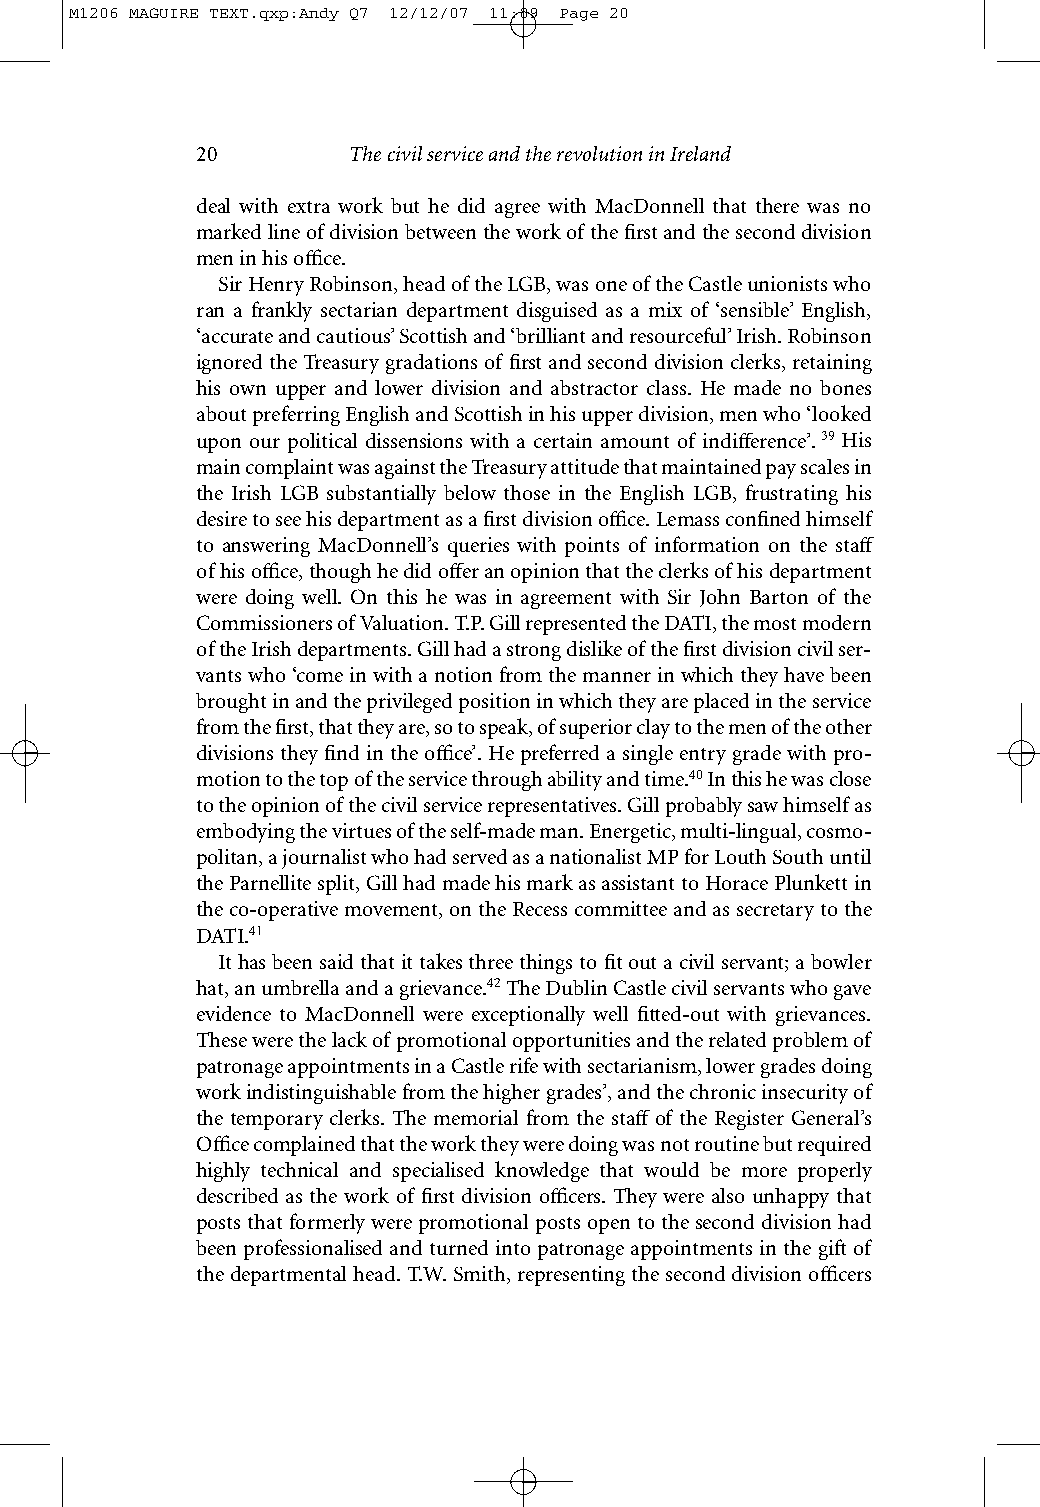
M1206 MAGUIRE TEXT.qxp:Andy Q7 12/12/07 11:09 Page 20
 20        The civil service and the revolution in Ireland
 deal with extra work but he did agree with MacDonnell that there was no
 marked line of division between the work of the first and the second division
 men in his office.
 Sir Henry Robinson, head of the LGB, was one of the Castle unionists who
 ran a frankly sectarian department disguised as a mix of ‘sensible’ English,
 ‘accurate and cautious’ Scottish and ‘brilliant and resourceful’ Irish. Robinson
 ignored the Treasury gradations of first and second division clerks, retaining
 his own upper and lower division and abstractor class. He made no bones
 about preferring English and Scottish in his upper division, men who ‘looked
 upon our political dissensions with a certain amount of indifference’.39 His
 main complaint was against the Treasury attitude that maintained pay scales in
 the Irish LGB substantially below those in the English LGB, frustrating his
 desire to see his department as a first division office. Lemass confined himself
 to answering MacDonnell’s queries with points of information on the staff
 ofhis office, though he did offer an opinion that the clerks of his department
 were doing well. On this he was in agreement with Sir John Barton of the
 Commissioners of Valuation. T.P. Gill represented the DATI, the most modern
 of the Irish departments. Gill had a strong dislike of the first division civil ser-
 vants who ‘come in with a notion from the manner in which they have been
 brought in and the privileged position in which they are placed in the service
 from the first, that they are, so to speak, of superior clay to the men of the other
 divisions they find in the office’. He preferred a single entry grade with pro-
 motion to the top of the service through ability and time.40In this he was close
 to the opinion of the civil service representatives. Gill probably saw himself as
 embodying the virtues of the self-made man. Energetic, multi-lingual, cosmo-
 politan, a journalist who had served as a nationalist MP for Louth South until
 the Parnellite split, Gill had made his mark as assistant to Horace Plunkett in
 the co-operative movement, on the Recess committee and as secretary to the
 DATI.41
 It has been said that it takes three things to fit out a civil servant; a bowler
 hat, an umbrella and a grievance.42The Dublin Castle civil servants who gave
 evidence to MacDonnell were exceptionally well fitted-out with grievances.
 These were the lack of promotional opportunities and the related problem of
 patronage appointments in a Castle rife with sectarianism, lower grades doing
 work indistinguishable from the higher grades’, and the chronic insecurity of
 the temporary clerks. The memorial from the staff of the Register General’s
 Office complained that the work they were doing was not routine but required
 highly technical and specialised knowledge that would be more properly
 described as the work of first division officers. They were also unhappy that
 posts that formerly were promotional posts open to the second division had
 been professionalised and turned into patronage appointments in the gift of
 the departmental head. T.W. Smith, representing the second division officers